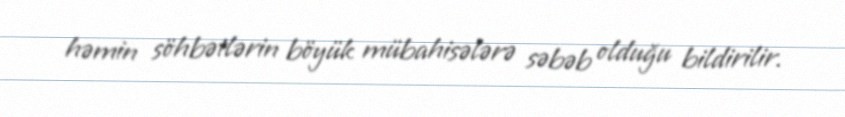
həmin söhbətlərin böyük mübahisələrə səbəb olduğu bildirilir.